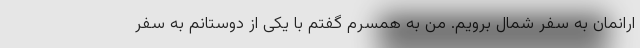
ارانمان به سفر شمال برویم. من به همسرم گفتم با یکی از دوستانم به سفر